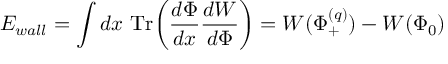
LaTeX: E _ { w a l l } = \int d x ~ \mathrm { T r } \biggl ( { \frac { d \Phi } { d x } } { \frac { d W } { d \Phi } } \biggr ) = W ( \Phi _ { + } ^ { ( q ) } ) - W ( \Phi _ { 0 } )